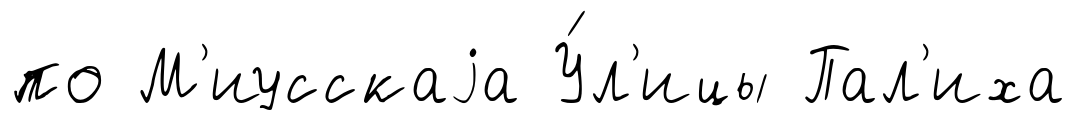
по М'иусскаjа У́л'ицы Пал'иха